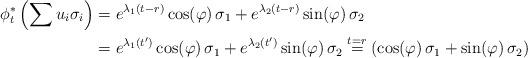
LaTeX: \begin{align*}\phi_t^*\left(\sum u_{i}\sigma_i\right)&= e^{\lambda_1(t-r)}\cos(\varphi)\,\sigma_1 + e^{\lambda_2(t-r)}\sin(\varphi)\,\sigma_2 \\&= e^{\lambda_1(t')}\cos(\varphi)\,\sigma_1 + e^{\lambda_2(t')}\sin(\varphi)\,\sigma_2\stackrel{t=r}{=} \left( \cos(\varphi)\,\sigma_1 +\sin(\varphi)\,\sigma_2 \right)\end{align*}